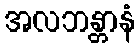
အလဘန္တာနံ